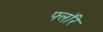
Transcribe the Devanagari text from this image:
फ्लॉरे